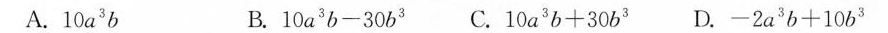
A.10a^{3}b B. $$1 0 a ^ { 3 } b - 30 b ^ { 3 }$$